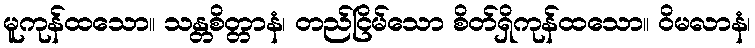
မူကုန်ထသော။ သန္တစိတ္တာနံ၊ တည်ငြိမ်သော စိတ်ရှိကုန်ထသော။ ဝိမလာနံ၊